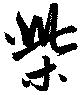
柴